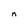
Character: n